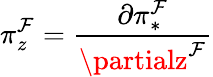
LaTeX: \pi_{z}^{\mathcal{F}}={\frac{{\partial\pi_{*}^{\mathcal{F}}}}{{\partialz^{\mathcal{F}}}}}